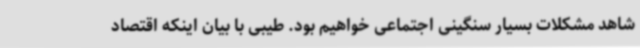
شاهد مشکلات بسیار سنگینی اجتماعی خواهیم بود. طیبی با بیان اینکه اقتصاد